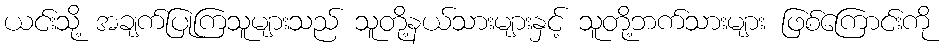
ယင်းသို့ အချက်ပြုကြသူများသည် သူတို့နယ်သားများနှင့် သူတို့ဘက်သားများ ဖြစ်ကြောင်းကို